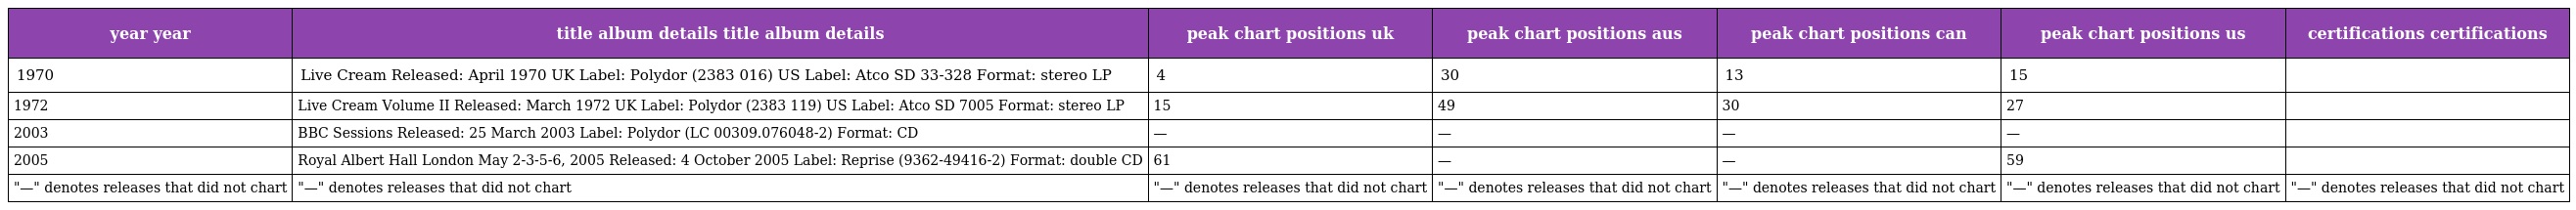
| year year | title album details title album details | peak chart positions uk | peak chart positions aus | peak chart positions can | peak chart positions us | certifications certifications |
 | --- | --- | --- | --- | --- | --- | --- |
 | 1970 | Live Cream Released: April 1970 UK Label: Polydor (2383 016) US Label: Atco SD 33-328 Format: stereo LP | 4 | 30 | 13 | 15 |  |
 | 1972 | Live Cream Volume II Released: March 1972 UK Label: Polydor (2383 119) US Label: Atco SD 7005 Format: stereo LP | 15 | 49 | 30 | 27 |  |
 | 2003 | BBC Sessions Released: 25 March 2003 Label: Polydor (LC 00309.076048-2) Format: CD | — | — | — | — |  |
 | 2005 | Royal Albert Hall London May 2-3-5-6, 2005 Released: 4 October 2005 Label: Reprise (9362-49416-2) Format: double CD | 61 | — | — | 59 |  |
 | "—" denotes releases that did not chart | "—" denotes releases that did not chart | "—" denotes releases that did not chart | "—" denotes releases that did not chart | "—" denotes releases that did not chart | "—" denotes releases that did not chart | "—" denotes releases that did not chart |